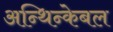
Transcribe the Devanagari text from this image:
अन्थिन्केबल